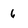
Character: 6